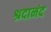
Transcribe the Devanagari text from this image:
श्रदानंद